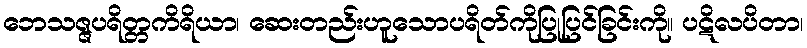
ဘေသဇ္ဇပရိတ္တကိရိယာ၊ ဆေးတည်းဟူသောပရိတ်ကိုပြုပြင်ခြင်းကို။ ပဋိလပိတာ၊